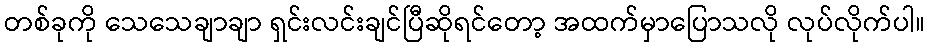
တစ်ခုကို သေသေချာချာ ရှင်းလင်းချင်ပြီဆိုရင်တော့ အထက်မှာပြောသလို လုပ်လိုက်ပါ။